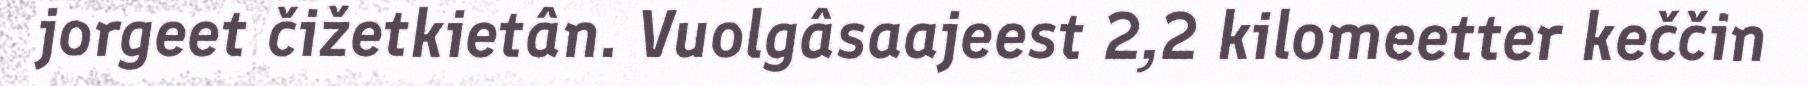
jorgeet čižetkietân. Vuolgâsaajeest 2,2 kilomeetter keččin